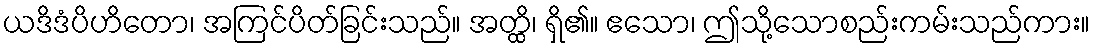
ယဒိဒံပိဟိတော၊ အကြင်ပိတ်ခြင်းသည်။ အတ္ထိ၊ ရှိ၏။ ဧသော၊ ဤသို့သောစည်းကမ်းသည်ကား။